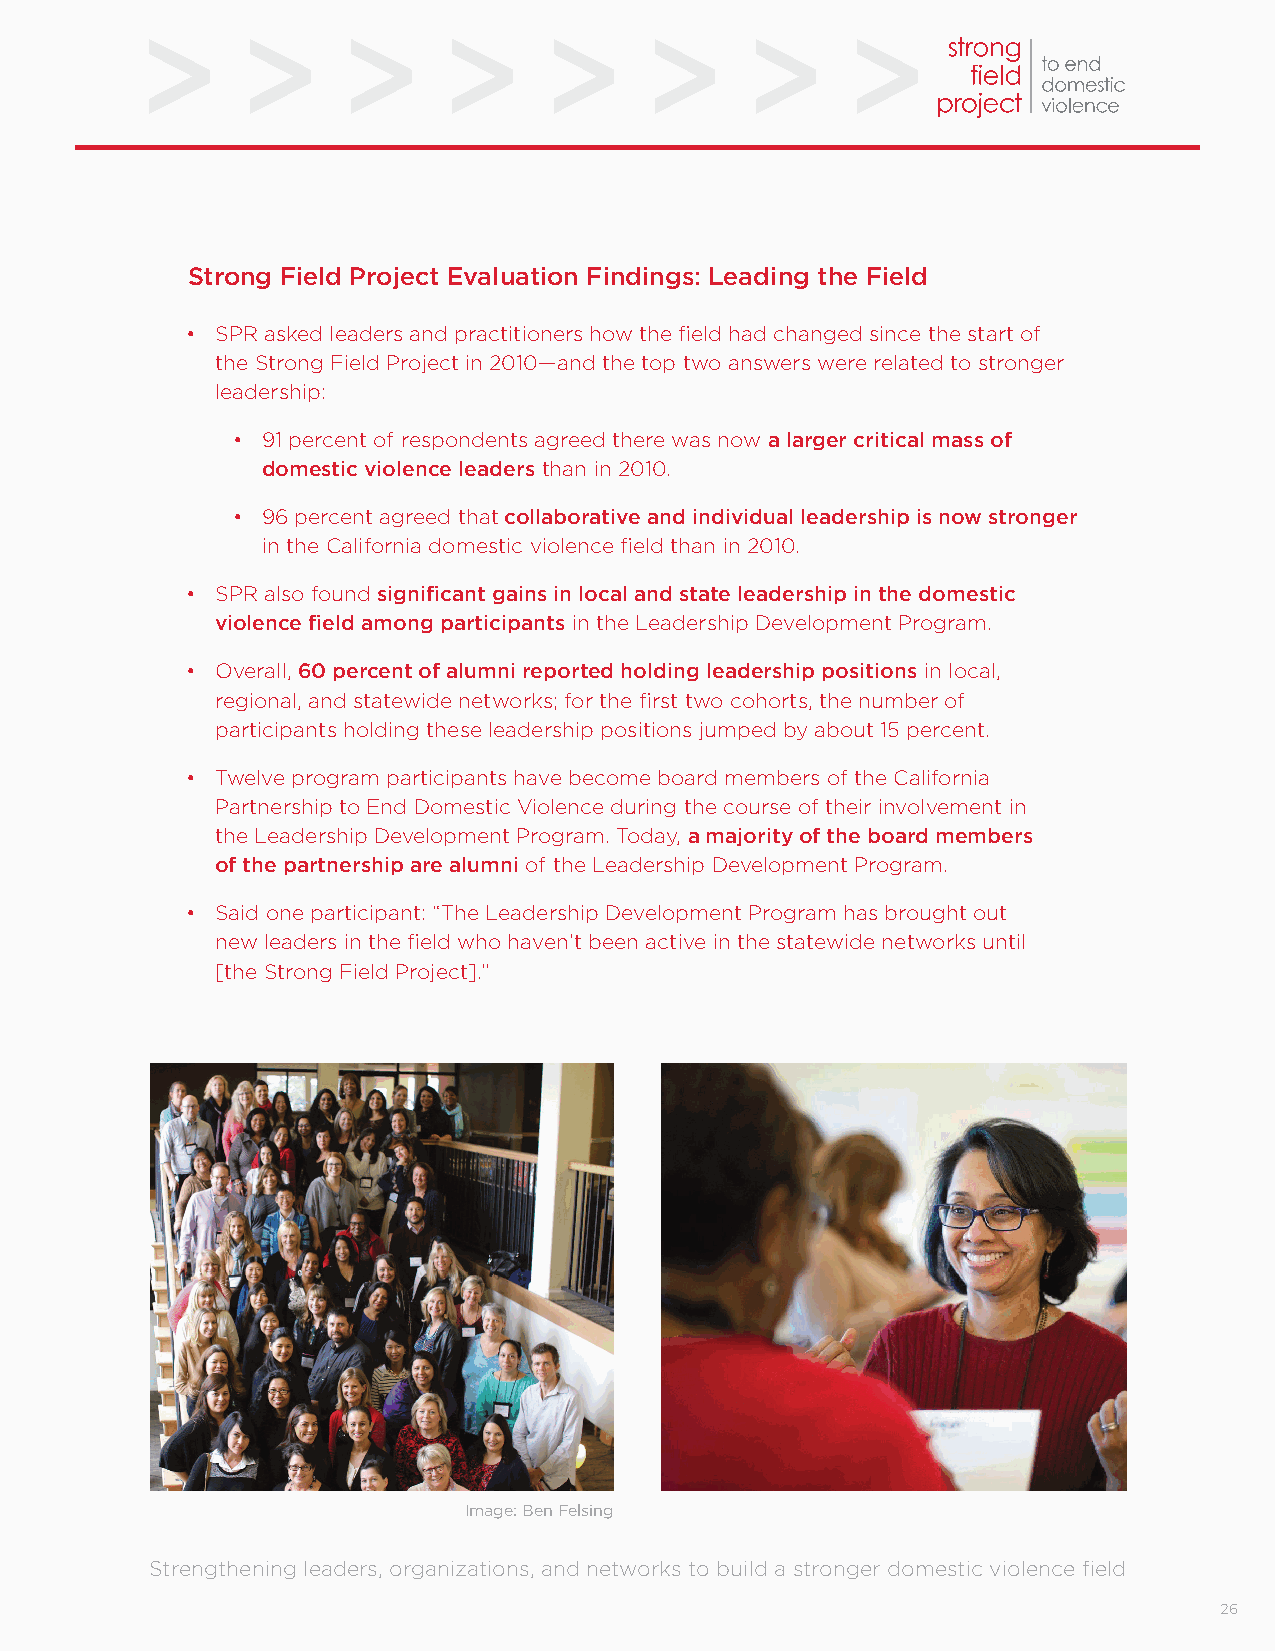
Strong Field Project Evaluation Findings: Leading the Field
 • SPR asked leaders and practitioners how the field had changed since the start of
 the Strong Field Project in 2010—and the top two answers were related to stronger
 leadership:
 • 91 percent of respondents agreed there was now a larger critical mass of
 domestic violence leaders than in 2010.
 • 96 percent agreed that collaborative and individual leadership is now stronger
 in the California domestic violence field than in 2010.
 • SPR also found significant gains in local and state leadership in the domestic
 violence field among participants in the Leadership Development Program.
 • Overall, 60 percent of alumni reported holding leadership positions in local,
 regional, and statewide networks; for the first two cohorts, the number of
 participants holding these leadership positions jumped by about 15 percent.
 • Twelve program participants have become board members of the California
 Partnership to End Domestic Violence during the course of their involvement in
 the Leadership Development Program. Today, a majority of the board members
 of the partnership are alumni of the Leadership Development Program.
 • Said one participant: “The Leadership Development Program has brought out
 new leaders in the field who haven’t been active in the statewide networks until
 [the Strong Field Project].”
 Image: Ben Felsing
 Strengthening leaders, organizations, and networks to build a stronger domestic violence field
 26